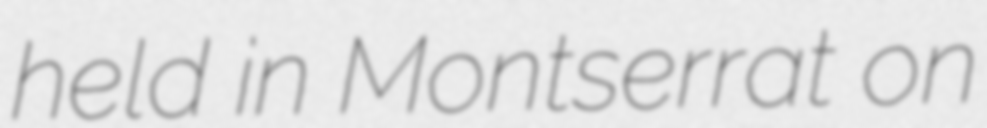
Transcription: held in Montserrat on